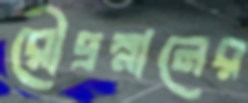
রৌদ্রস্নানের